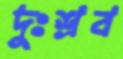
দুঃশ্রব